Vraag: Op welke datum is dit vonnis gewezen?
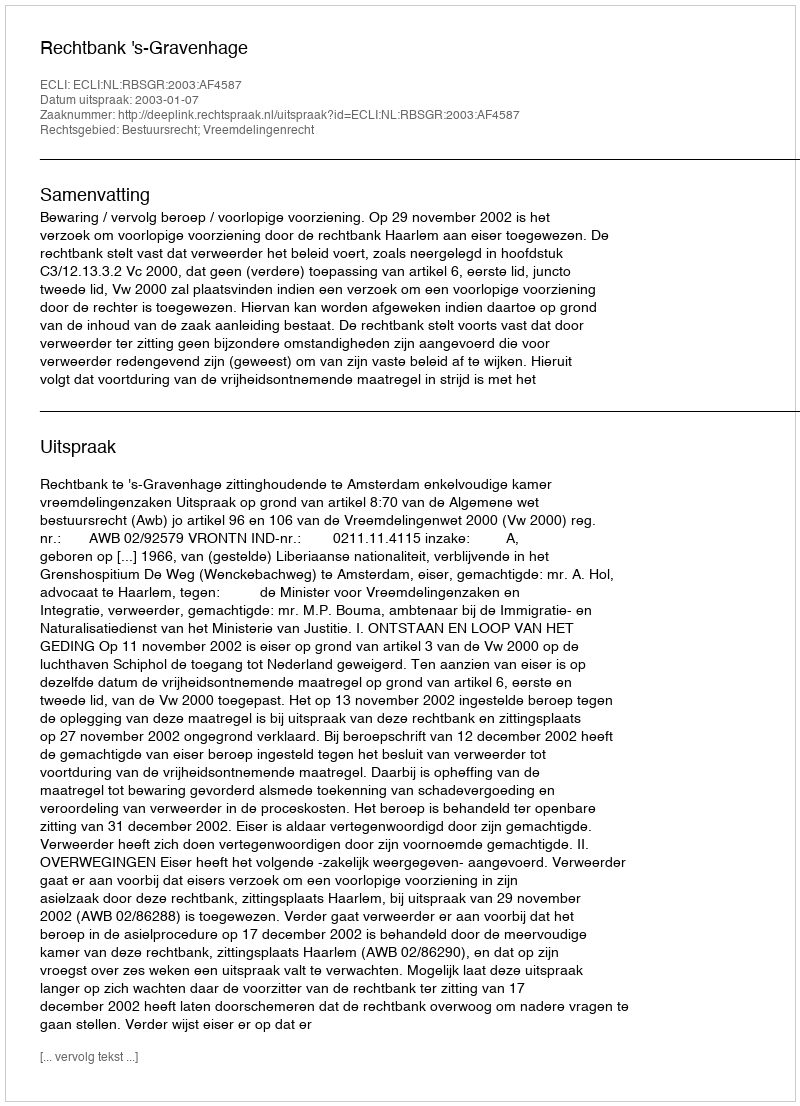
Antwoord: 2003-01-07